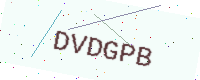
Text: DVDGPB